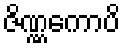
ဇိဏ္ဏကောပိ